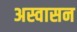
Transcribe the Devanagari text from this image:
अस्वासन